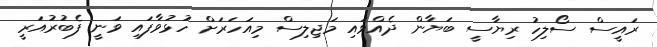
ރައީސް ސޯލިހު ރިޔާސީ ބަޔާން ދެއްވައި މަޖިލިސް މިއަހަރަށް ހުޅުވާފައި ވަނީ ފެބުރުއަރީ